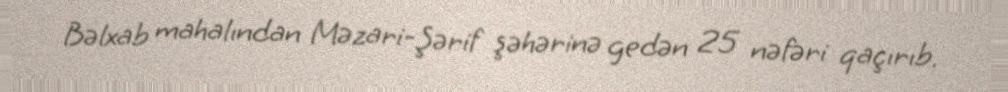
Bəlxab mahalından Məzari-Şərif şəhərinə gedən 25 nəfəri qaçırıb.